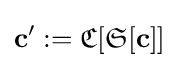
\mathbf {c} ':={\mathfrak {C}}[{\mathfrak {S}}[\mathbf {c} ]]